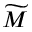
\widetilde { M }